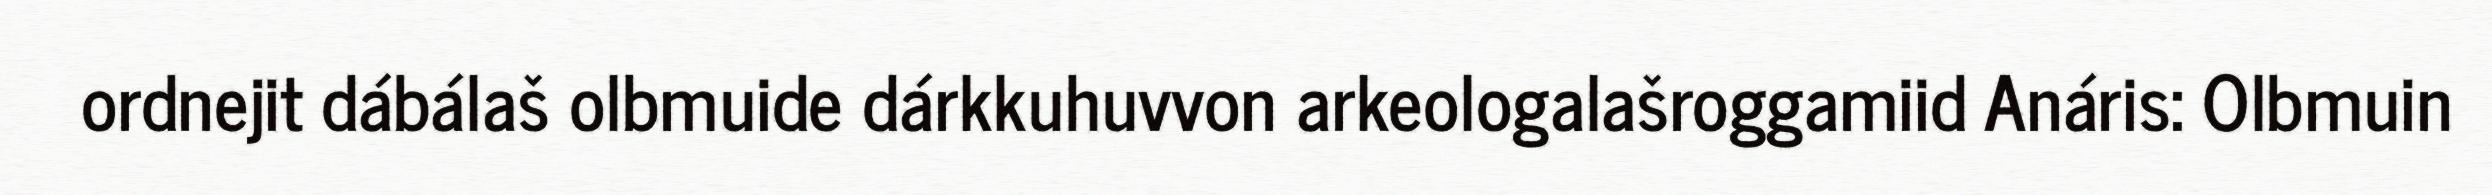
ordnejit dábálaš olbmuide dárkkuhuvvon arkeologalašroggamiid Anáris: Olbmuin